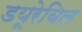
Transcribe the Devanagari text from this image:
डयूरेबिल